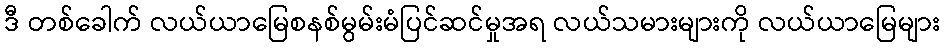
ဒီ တစ်ခေါက် လယ်ယာမြေစနစ်မွမ်းမံပြင်ဆင်မှုအရ လယ်သမားများကို လယ်ယာမြေများ